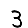
Digit: 3